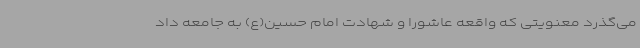
می‌گذرد معنویتی که واقعه عاشورا و شهادت امام حسین(ع) به جامعه داد